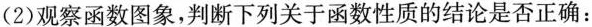
(2)观察函数图象，判断下列关于函数性质的结论是否正确：